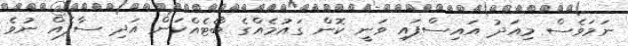
ނަމަވެސް މިއަދު އައިސްފައި ވަނީ ކޮން ގައުމެއްގެ ބޯޓެއްކަން އަދި ސާފެއް ނުވެ